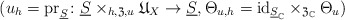
\begin{align*}(u_{h}=\mathrm{pr}_{\underline{S}}\colon \underline{S}\times_{h,\mathfrak{Z},u}\mathfrak{U}_{X}\to\underline{S},\Theta_{u,h}=\mathrm{id}_{\underline{S}_{\mathbb{C}}}\times_{\mathfrak{Z}_{\mathbb{C}}}\Theta_{u})\end{align*}